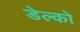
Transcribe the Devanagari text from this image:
डेल्को